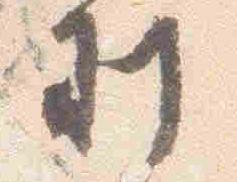
刻